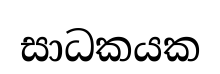
සාධකයක